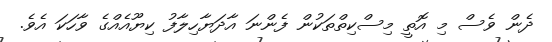
ދެން ވެސް މި އޮތީ މިސްކިތްތަކުން ފެންނަ އާދަޔާހިލާފު ކިޔޫއެއްގެ ވާހަކަ އެވެ.